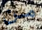
من